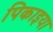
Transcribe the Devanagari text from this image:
पिकाइया